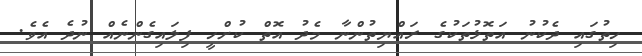
ހިތުގައި ދެކުނު އަތޮޅުތަކުގެ ރައްޔިތުންނާ މެދު އޮތް ކުށްހީ ފިލައިގެންނެއް ނުދެ އެވެ.